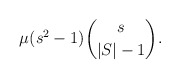
\begin{align*} \mu(s^2-1)\binom{s}{|S|-1}. \end{align*}